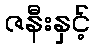
ဇနီးနှင့်